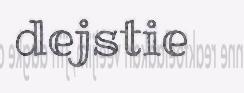
dejstie